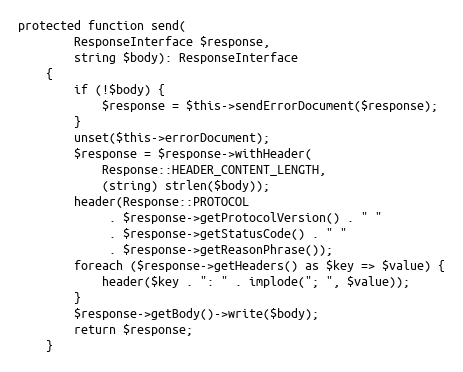
Language: PHP
protected function send(
        ResponseInterface $response,
        string $body): ResponseInterface
    {
        if (!$body) {
            $response = $this->sendErrorDocument($response);
        }
        unset($this->errorDocument);
        $response = $response->withHeader(
            Response::HEADER_CONTENT_LENGTH,
            (string) strlen($body));
        header(Response::PROTOCOL
             . $response->getProtocolVersion() . " "
             . $response->getStatusCode() . " "
             . $response->getReasonPhrase());
        foreach ($response->getHeaders() as $key => $value) {
            header($key . ": " . implode("; ", $value));
        }
        $response->getBody()->write($body);
        return $response;
    }